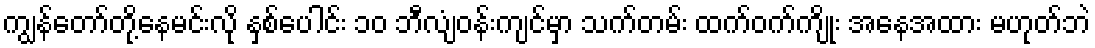
ကျွန်တော်တို့နေမင်းလို နှစ်ပေါင်း ၁၀ ဘီလျံဝန်းကျင်မှာ သက်တမ်း ထက်ဝက်ကျိုး အနေအထား မဟုတ်ဘဲ